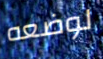
لوضعه